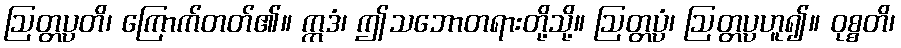
ဩတ္တပ္ပတိ၊ ကြောက်တတ်၏။ ဣဒံ၊ ဤသဘောတရားတို့သို့။ ဩတ္တပ္ပံ၊ ဩတ္တပ္ပဟူ၍။ ဝုစ္စတိ၊